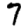
Digit: 7